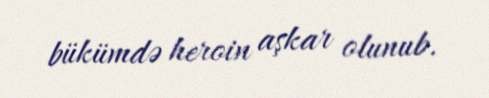
bükümdə heroin aşkar olunub.